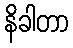
နိခါတာ